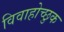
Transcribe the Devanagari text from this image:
विवाहोच्छुक